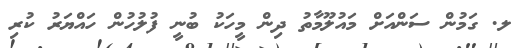
ލ. ގަމުން ސަންއަށް މައުލޫމާތު ދިން މީހަކު ބުނީ ފުލުހުން ހައްޔަރު ކުރި